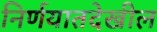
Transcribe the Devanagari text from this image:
निर्णयातदेखील